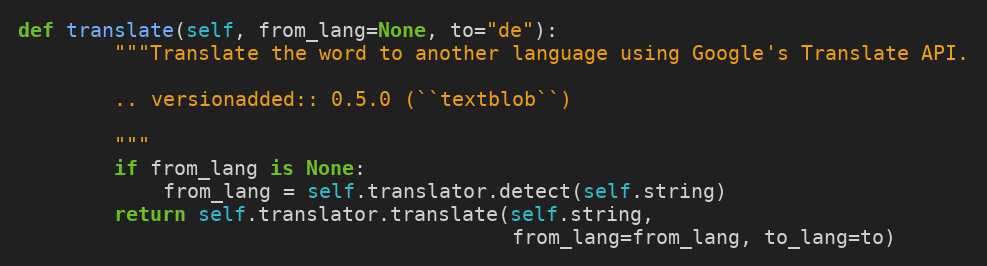
Language: Python
def translate(self, from_lang=None, to="de"):
        """Translate the word to another language using Google's Translate API.

        .. versionadded:: 0.5.0 (``textblob``)

        """
        if from_lang is None:
            from_lang = self.translator.detect(self.string)
        return self.translator.translate(self.string,
                                         from_lang=from_lang, to_lang=to)